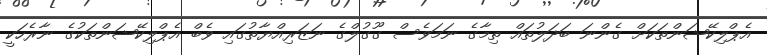
އެޕްލިކޭޝަންތަކަށް ގެންނަ ބަދަލުތައް ތިމާގެ ނަމަވެސް ގޫގުލްގެ ނަޒަރިއްޔާތުގައި ވެބް އެޕްލިކޭޝަންތަކުގެ ނާރެހަކީ